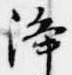
浄